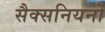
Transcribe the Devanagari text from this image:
सैक्सनियनों